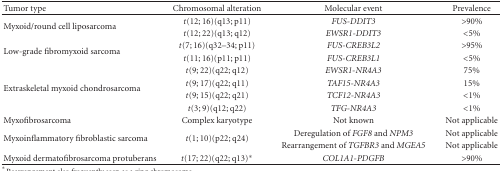
<table><thead><tr><td><b>Tumor type</b></td><td><b>Chromosomal alteration</b></td><td><b>Molecular event</b></td><td><b>Prevalence</b></td></tr></thead><tbody><tr><td rowspan="2">Myxoid/round cell liposarcoma</td><td><i>t</i>(12; 16)(q13; p11)</td><td><i>FUS-DDIT3</i></td><td>&gt;90%</td></tr><tr><td><i>t</i>(12; 22)(q13; q12)</td><td><i>EWSR1-DDIT3</i></td><td>&lt;5%</td></tr><tr><td rowspan="2">Low-grade fibromyxoid sarcoma</td><td><i>t</i>(7; 16)(q32–34; p11)</td><td><i>FUS-CREB3L2</i></td><td>&gt;95%</td></tr><tr><td><i>t</i>(11; 16)(p11; p11)</td><td><i>FUS-CREB3L1</i></td><td>&lt;5%</td></tr><tr><td rowspan="4">Extraskeletal myxoid chondrosarcoma</td><td><i>t</i>(9; 22)(q22; q12)</td><td><i>EWSR1-NR4A3</i></td><td>75%</td></tr><tr><td><i>t</i>(9; 17)(q22; q11)</td><td><i>TAF15-NR4A3</i></td><td>15%</td></tr><tr><td><i>t</i>(9; 15)(q22; q21)</td><td><i>TCF12-NR4A3</i></td><td>&lt;1%</td></tr><tr><td><i>t</i>(3; 9)(q12; q22)</td><td><i>TFG-NR4A3</i></td><td>&lt;1%</td></tr><tr><td>Myxofibrosarcoma</td><td>Complex karyotype</td><td>Not known</td><td>Not applicable</td></tr><tr><td rowspan="2">Myxoinflammatory fibroblastic sarcoma</td><td rowspan="2"><i>t</i>(1; 10)(p22; q24)</td><td>Deregulation of <i>FGF8</i> and <i>NPM3 </i></td><td>Not applicable</td></tr><tr><td>Rearrangement of <i>TGFBR3</i> and <i>MGEA5 </i></td><td>Not applicable</td></tr><tr><td>Myxoid dermatofibrosarcoma protuberans</td><td><i>t</i>(17; 22)(q22; q13)*</td><td><i>COL1A1-PDGFB</i></td><td>&gt;90%</td></tr></tbody></table>